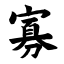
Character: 寡